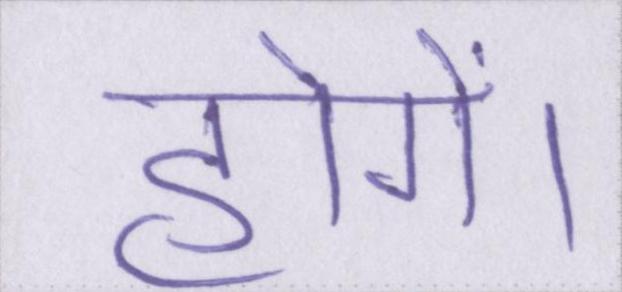
होगें।